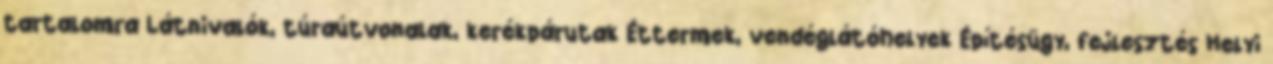
tartalomra Látnivalók, túraútvonalak, kerékpárutak Éttermek, vendéglátóhelyek Építésügy, fejlesztés Helyi